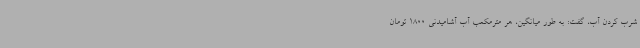
شرب کردن آب، گفت: به طور میانگین، هر مترمکعب آب آشامیدنی 1800 تومان